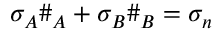
\sigma _ { A } \# _ { A } + \sigma _ { B } \# _ { B } = \sigma _ { n }